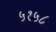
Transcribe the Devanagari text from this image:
५१५८